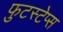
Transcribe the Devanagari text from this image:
फुटस्टेप्स